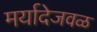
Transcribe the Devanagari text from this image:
मर्यादेजवळ